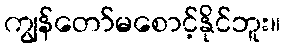
ကျွန်တော်မစောင့်နိုင်ဘူး။